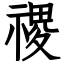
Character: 禝